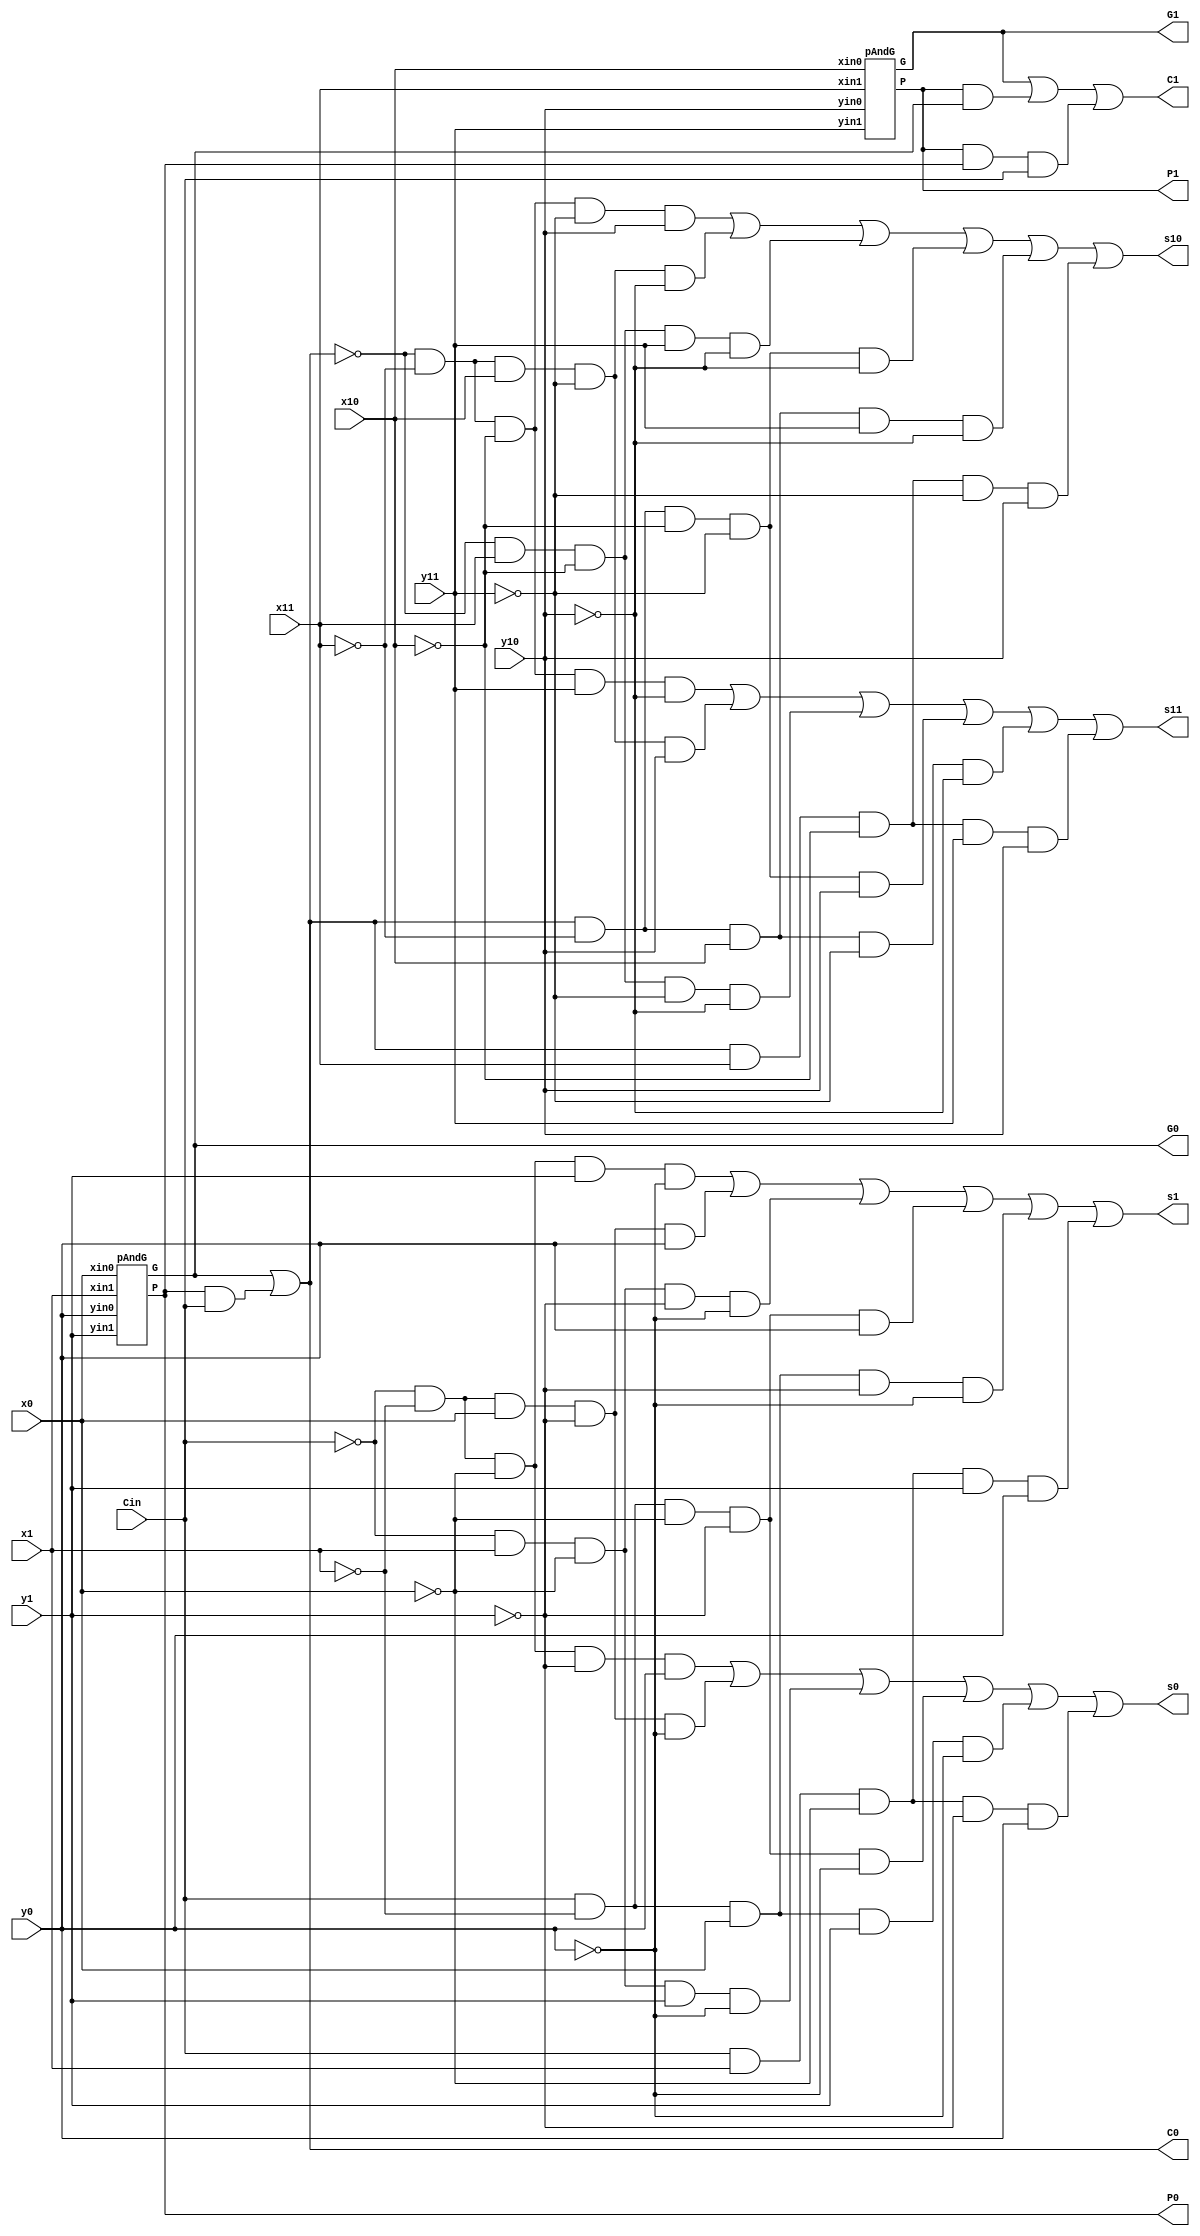
module ternadder(Cin, x1, x0, y1, y0, x11, x10, y11, y10, s1, s0, s11, s10, C0, C1, P0, G0, P1, G1);
	input Cin, x1, x11, x0, x10, y11, y1, y10, y0;
	output s1, s0, s11, s10, C0, C1, P0, G0, P1, G1;
	
	pAndG stage0(x1, x0, y1, y0, P0, G0);
	pAndG stage1(x11, x10, y11, y10, P1, G1);
	
	assign C0 = G0 | P0 & Cin;
	assign C1 = G1 | P1 & G0 | P1 & P0 & Cin;
	
	assign s1 = (~Cin & ~x1 & ~x0 & y1 & ~y0) | (~Cin & ~x1 & x0 & ~y1 & y0) | (~Cin & x1 & ~x0 & ~y1 & ~y0) | (Cin & ~x1 & ~x0 & ~y1 & y0) | (Cin & ~x1 & x0 & ~y1 & ~y0) | (Cin & x1 & ~x0 & y1 & y0);
	assign s0 = (~Cin & ~x1 & ~x0 & ~y1 & y0) | (~Cin & ~x1 & x0 & ~y1 & ~y0) | (~Cin & x1 & ~x0 & y1 & ~y0) | (Cin & ~x1 & ~x0 & ~y1 & ~y0) | (Cin & ~x1 & x0 & y1 & ~y0) | (Cin & x1 & ~x0 & ~y1 & y0);
	
	assign s11 = (~C0 & ~x11 & ~x10 & y11 & ~y10) | (~C0 & ~x11 & x10 & ~y11 & y10) | (~C0 & x11 & ~x10 & ~y11 & ~y10) | (C0 & ~x11 & ~x10 & ~y11 & y10) | (C0 & ~x11 & x10 & ~y11 & ~y10) | (C0 & x11 & ~x10 & y11 & y10);
	assign s10 = (~C0 & ~x11 & ~x10 & ~y11 & y10) | (~C0 & ~x11 & x10 & ~y11 & ~y10) | (~C0 & x11 & ~x10 & y11 & ~y10) | (C0 & ~x11 & ~x10 & ~y11 & ~y10) | (C0 & ~x11 & x10 & y11 & ~y10) | (C0 & x11 & ~x10 & ~y11 & y10);
	
endmodule 

module pAndG (xin1, xin0, yin1, yin0, P, G);
	input xin1, xin0, yin1, yin0;
	output P, G;
	
	assign G = (~xin1 & xin0 & yin1 & ~yin0) | (xin1 & ~xin0 & ~yin1 & yin0) | (xin1 & ~xin0 & yin1 & ~yin0);
	assign P = (~xin1 & ~xin0 & yin1 & ~yin0) | (~xin1 & xin0 & ~yin1 & yin0) | (xin1 & ~xin0 & ~yin1 & ~yin0);
	
endmodule